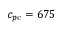
c _ { p \mathrm { c } } = 6 7 5